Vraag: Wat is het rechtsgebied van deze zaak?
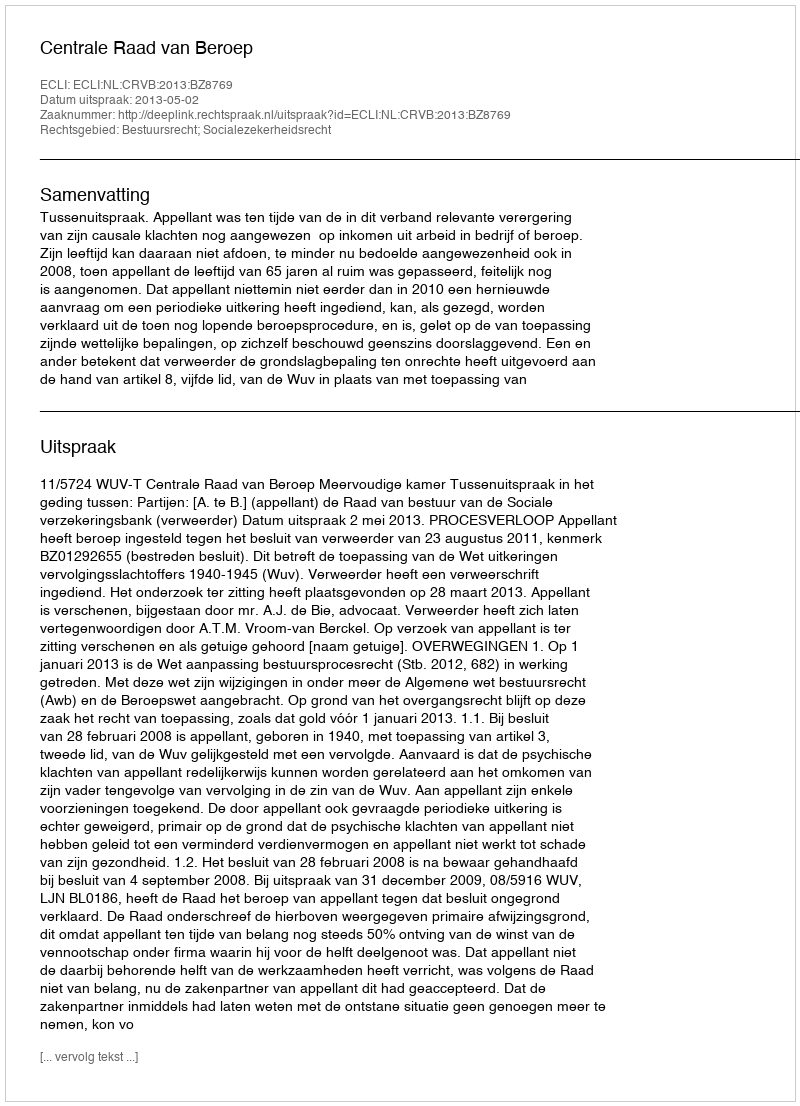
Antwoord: Bestuursrecht; Socialezekerheidsrecht